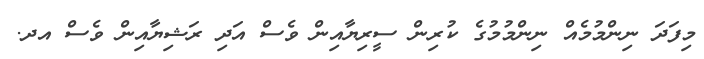
މިފަދަ ނިންމުމެއް ނިންމުމުގެ ކުރިން ސީރިޔާއިން ވެސް އަދި ރަޝިޔާއިން ވެސް އދ.